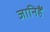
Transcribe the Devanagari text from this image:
जानिहैं